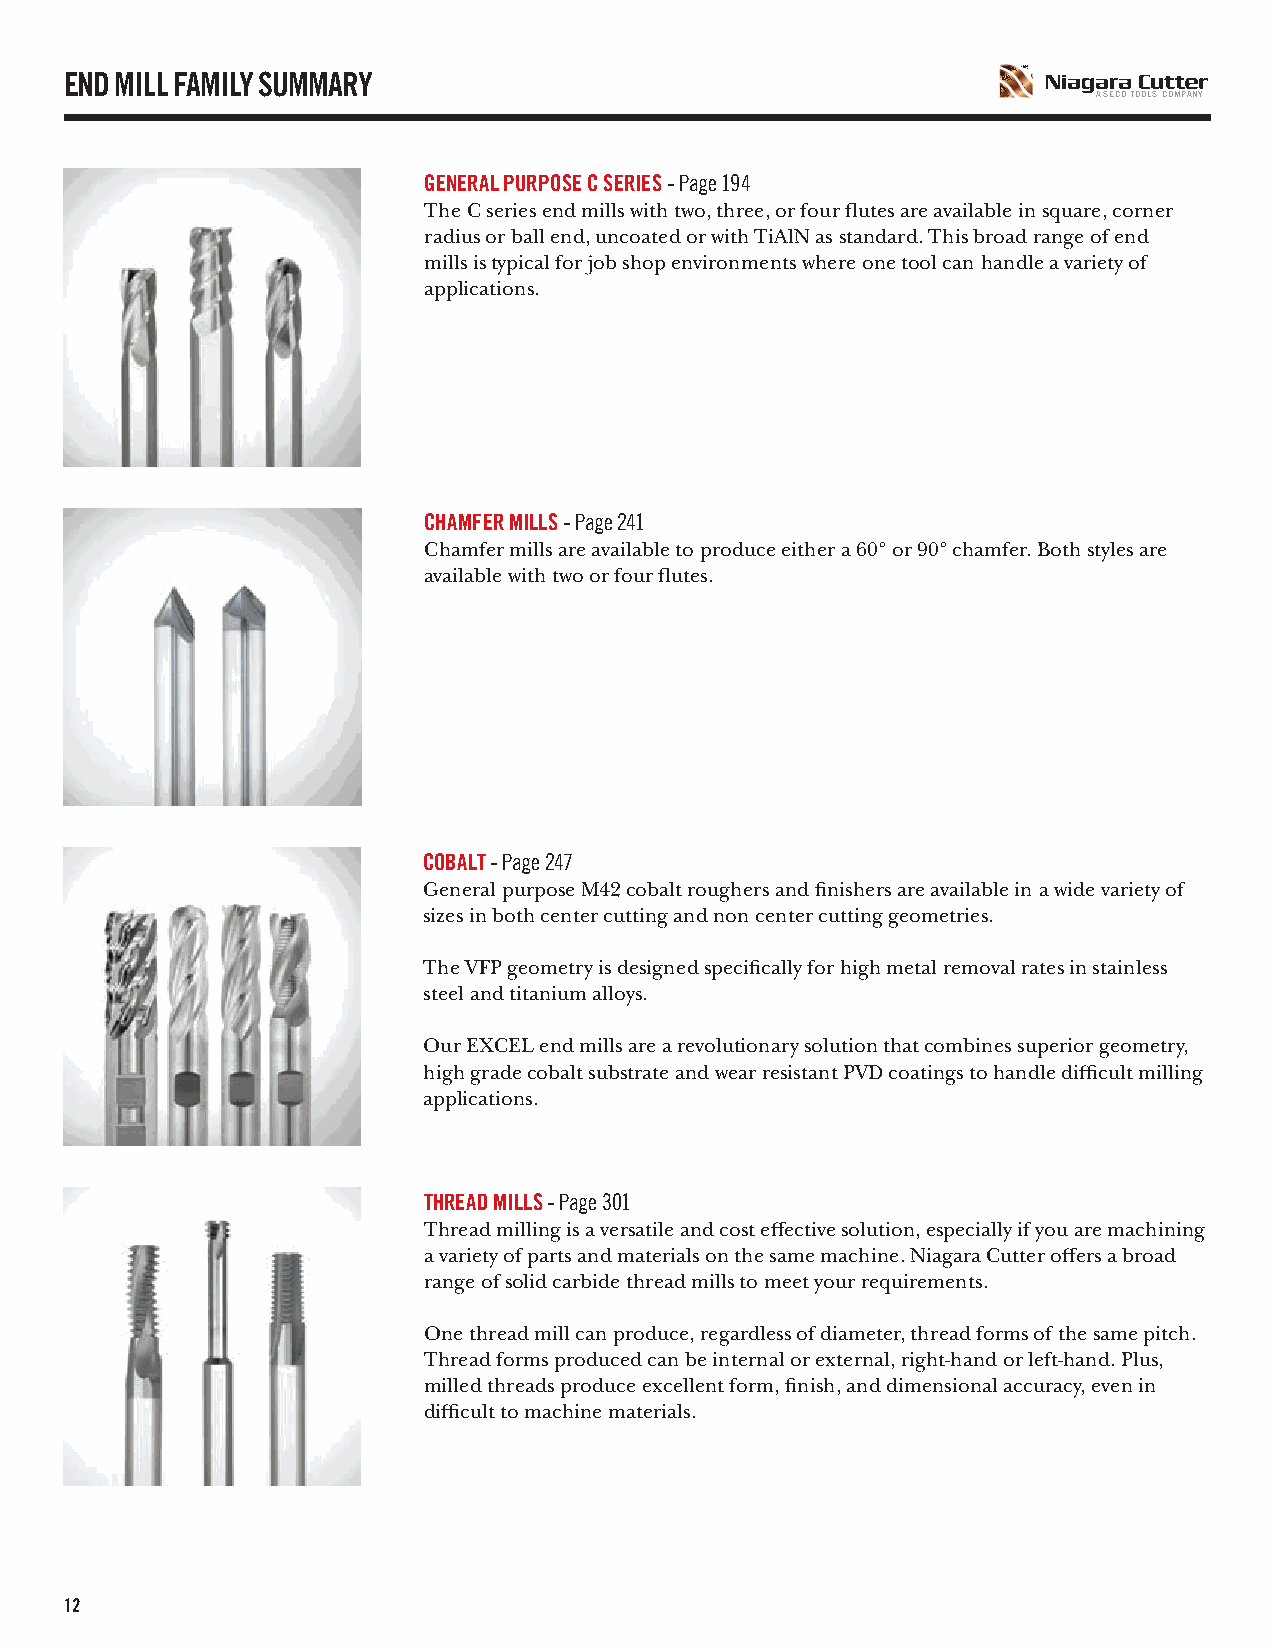
END MILL FAMILY SUMMARY
 A SECO TOOLS COMPANY
 GENERAL PURPOSE C SERIES - Page 194
 The C series end mills with two, three, or four flutes are available in square, corner
 radius or ball end, uncoated or with TiAlN as standard. This broad range of end
 mills is typical for job shop environments where one tool can handle a variety of
 applications.
 CHAMFER MILLS - Page 241
 Chamfer mills are available to produce either a 60° or 90° chamfer. Both styles are
 available with two or four flutes.
 COBALT - Page 247
 General purpose M42 cobalt roughers and finishers are available in a wide variety of
 sizes in both center cutting and non center cutting geometries.
 The VFP geometry is designed specifically for high metal removal rates in stainless
 steel and titanium alloys.
 Our EXCEL end mills are a revolutionary solution that combines superior geometry,
 high grade cobalt substrate and wear resistant PVD coatings to handle difficult milling
 applications.
 THREAD MILLS - Page 301
 Thread milling is a versatile and cost effective solution, especially if you are machining
 a variety of parts and materials on the same machine. Niagara Cutter offers a broad
 range of solid carbide thread mills to meet your requirements.
 One thread mill can produce, regardless of diameter, thread forms of the same pitch.
 Thread forms produced can be internal or external, right-hand or left-hand. Plus,
 milled threads produce excellent form, finish, and dimensional accuracy, even in
 difficult to machine materials.
 12